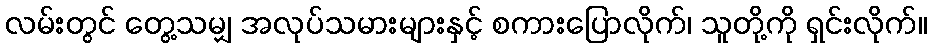
လမ်းတွင် တွေ့သမျှ အလုပ်သမားများနှင့် စကားပြောလိုက်၊ သူတို့ကို ရှင်းလိုက်။